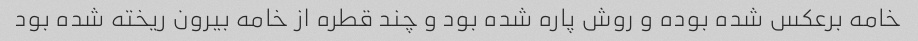
خامه برعکس شده بوده و روش پاره شده بود و چند قطره از خامه بیرون ریخته شده بود